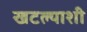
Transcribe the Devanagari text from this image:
खटल्याशी